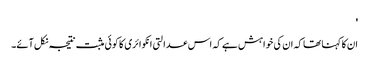
'
ان کا کہنا تھا کہ ان کی خواہش ہے کہ اس عدالتی انکوائری کا کوئی مثبت نتیجہ نکل آئے۔